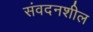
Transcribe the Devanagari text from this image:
संवदनशील